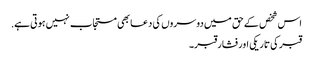
اس شخص کے حق میں دوسروں کی دعا بھی مستجاب نہیں ہوتی ہے.
قبر کی تاریکی اور فشار قبر۔